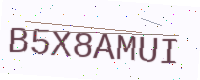
Text: B5X8AMUI